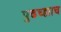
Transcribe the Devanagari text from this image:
पुढच्ह्याच